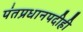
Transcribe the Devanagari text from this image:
पंतप्रधानपदीही